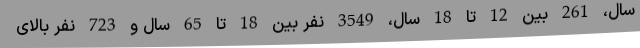
سال، 261 بین 12 تا 18 سال، 3549 نفر بین 18 تا 65 سال و 723 نفر بالای